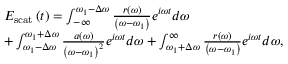
\begin{array} { r l } & { E _ { \mathrm { s c a t } } \left( t \right) = \intop _ { - \infty } ^ { \omega _ { 1 } - \Delta \omega } \frac { r ( \omega ) } { \left( \omega - \omega _ { 1 } \right) } e ^ { i \omega t } d \omega } \\ & { + \intop _ { \omega _ { 1 } - \Delta \omega } ^ { \omega _ { 1 } + \Delta \omega } \frac { a ( \omega ) } { \left( \omega - \omega _ { 1 } \right) ^ { 2 } } e ^ { i \omega t } d \omega + \intop _ { \omega _ { 1 } + \Delta \omega } ^ { \infty } \frac { r ( \omega ) } { \left( \omega - \omega _ { 1 } \right) } e ^ { i \omega t } d \omega , } \end{array}